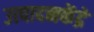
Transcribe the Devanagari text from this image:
उत्पादनकेंद्रे